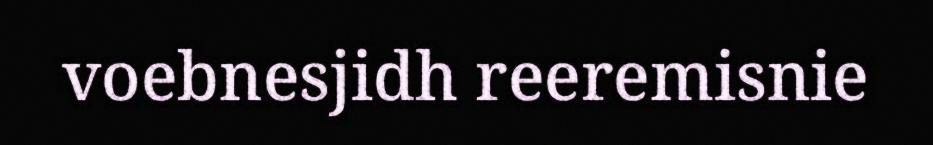
voebnesjidh reeremisnie